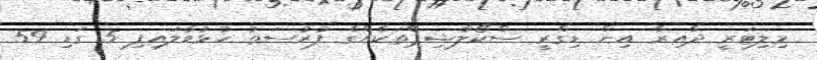
މިލިޓަރީ ދާއިރާ އިން ޑިގްރީ ސްކޯލާޝިޕްތަކެއްގެ ފުރުސަތު ހުޅުވާލައިފި 5 ގަޑި 59